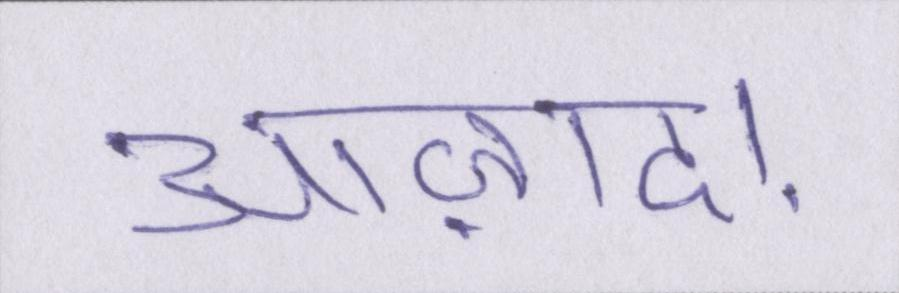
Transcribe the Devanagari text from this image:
आज़ाद।